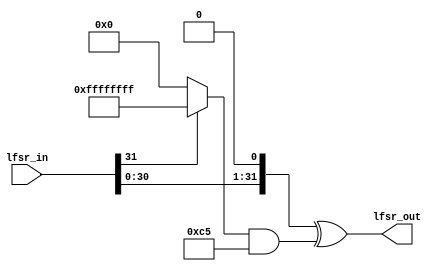
module upd_lfsr
#
(
    parameter poly = 32'hc5
)
(
    input [31:0] lfsr_in,
    output [31:0] lfsr_out
);

wire [31:0] b_out_ext = lfsr_in[31] ? 32'hffffffff : 32'h0;
assign lfsr_out = (lfsr_in << 1) ^ (b_out_ext & poly);

endmodule